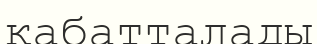
қабатталады